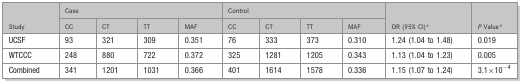
<table><thead><tr><td rowspan="2"><b>Study</b></td><td colspan="4"><b>Case</b></td><td colspan="4"><b>Control</b></td><td rowspan="2"><b>OR (95% CI)*</b></td><td rowspan="2"><b><i>P</i> Value*</b></td></tr><tr><td><b>CC</b></td><td><b>CT</b></td><td><b>TT</b></td><td><b>MAF</b></td><td><b>CC</b></td><td><b>CT</b></td><td><b>TT</b></td><td><b>MAF</b></td></tr></thead><tbody><tr><td>UCSF</td><td>93</td><td>321</td><td>309</td><td>0.351</td><td>76</td><td>333</td><td>373</td><td>0.310</td><td>1.24 (1.04 to 1.48)</td><td>0.019</td></tr><tr><td>WTCCC</td><td>248</td><td>880</td><td>722</td><td>0.372</td><td>325</td><td>1281</td><td>1205</td><td>0.343</td><td>1.13 (1.04 to 1.23)</td><td>0.005</td></tr><tr><td>Combined</td><td>341</td><td>1201</td><td>1031</td><td>0.366</td><td>401</td><td>1614</td><td>1578</td><td>0.336</td><td>1.15 (1.07 to 1.24)</td><td>3.1×10<sup>−</sup><sup>4</sup></td></tr></tbody></table>